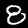
Digit: 8